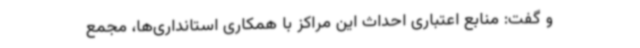
و گفت: منابع اعتباری احداث این مراکز با همکاری استانداری‌ها، مجمع